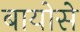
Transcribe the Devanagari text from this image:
बायोसे